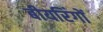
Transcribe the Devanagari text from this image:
बीयरिंगों